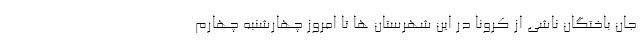
جان باختگان ناشی از کرونا در این شهرستان ها تا امروز چهارشنبه چهارم